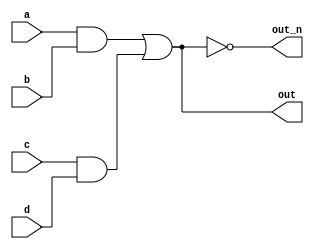
`default_nettype none

module top_module(
    input a,
    input b,
    input c,
    input d,
    output out,
    output out_n   
); 

	wire w0,w1;
    assign w0 = a & b;
    assign w1 = c & d;
    assign out = w0 | w1;
    assign out_n = ~out;
	
endmodule